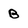
Character: B